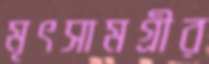
মৃৎসামগ্রীর